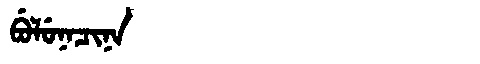
Manchu: ᠪᡠᠯᡠᠨᠠᠴᡳᠨᠠ
Romanization: BULUNACINA